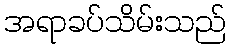
အရာခပ်သိမ်းသည်